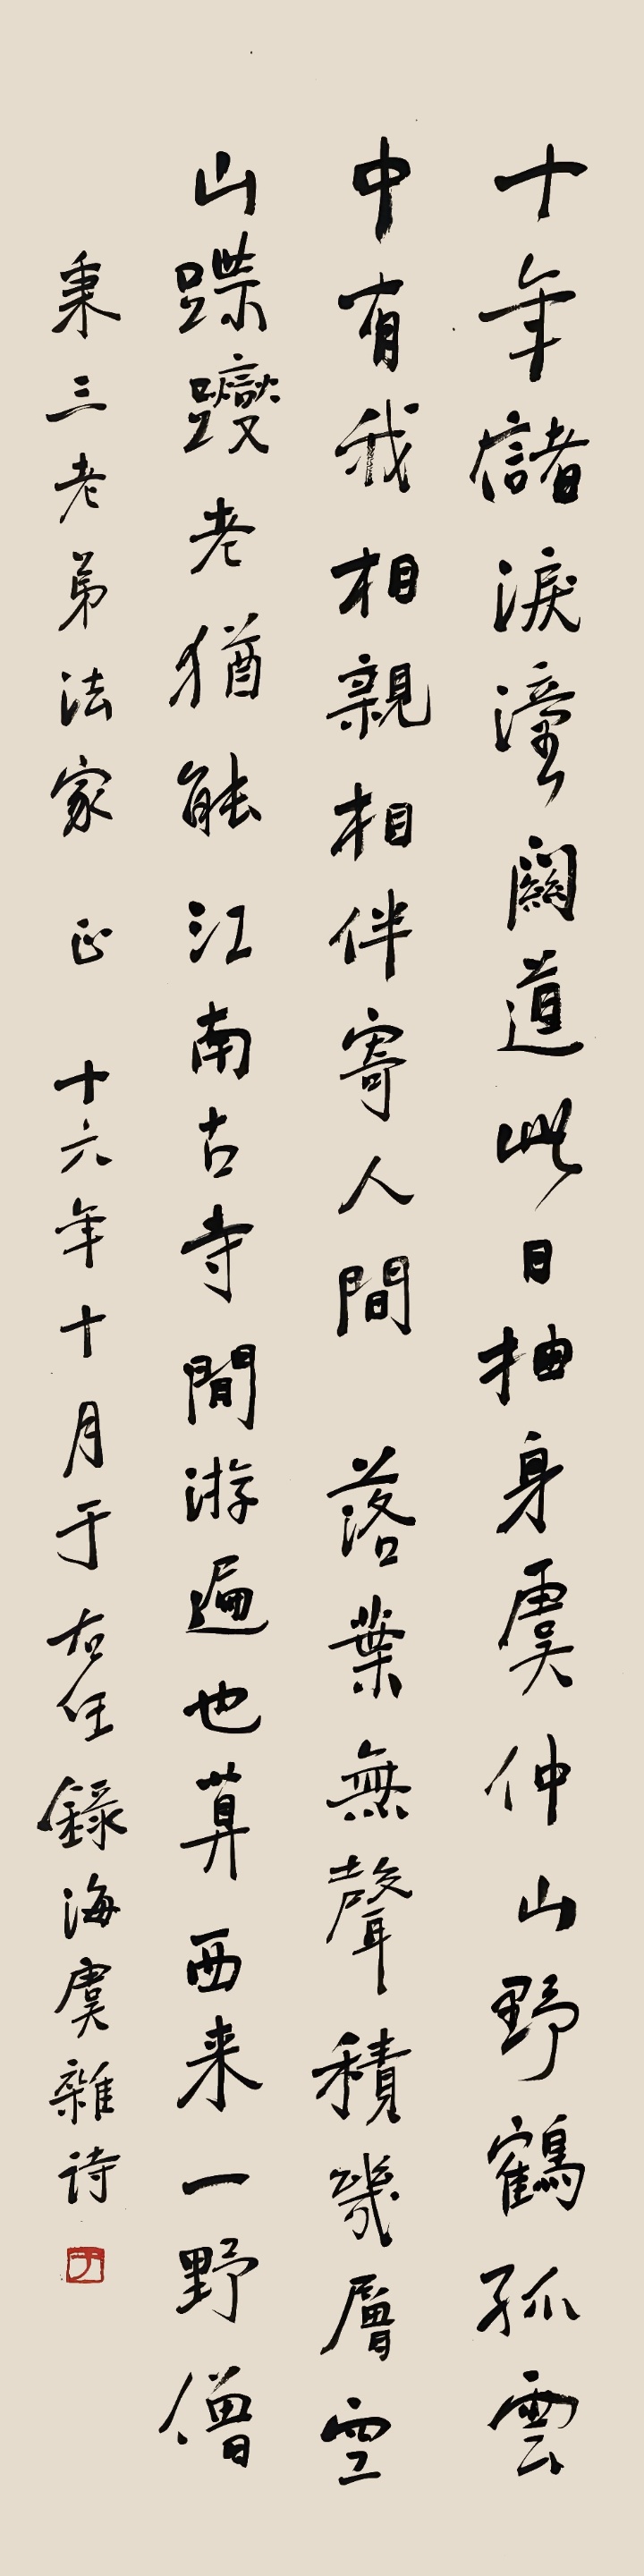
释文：十年储泪潼关道，此日抽身虞仲山。野鹤孤云中有我，相亲相伴寄人间。落叶无声积几层，空山蹀躞老犹能。江南古寺闲游遍，也算西来一野僧。秉三老弟法家正。十六年十月，于右任录海虞杂诗。